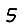
Digit: 5